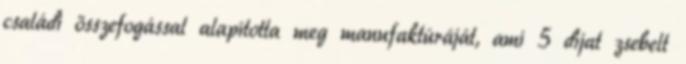
családi összefogással alapította meg manufaktúráját, ami 5 díjat zsebelt